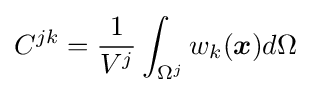
C^{jk}={1 \over V^{j}}\int _{\Omega ^{j}}w_{k}({\boldsymbol {x}})d\Omega